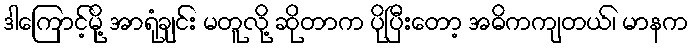
ဒါကြောင့်မို့ အာရုံချင်း မတူလို့ ဆိုတာက ပိုပြီးတော့ အဓိကကျတယ်၊ မာနက